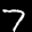
Label: 7